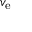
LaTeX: v _ { \mathrm { e } }